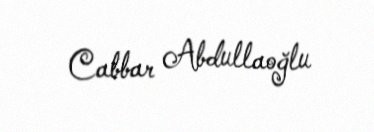
Cabbar Abdullaoğlu